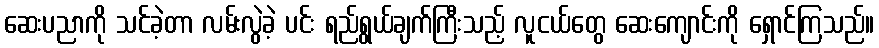
ဆေးပညာကို သင်ခဲ့တာ လမ်းလွဲခဲ့ ပင်း ရည်ရွယ်ချက်ကြီးသည့် လူငယ်တွေ ဆေးကျောင်းကို ရှောင်ကြသည်။